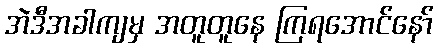
အဲဒီအခါကျမှ အတူတူနေ ကြရအောင်နော်